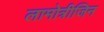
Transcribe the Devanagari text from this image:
लामोत्रीजिन